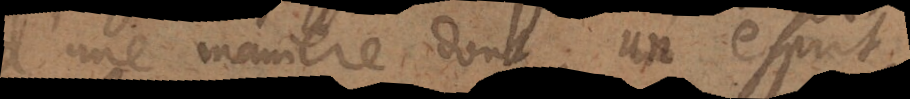
une maniere dont un esprit